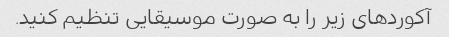
آکوردهای زیر را به صورت موسیقایی تنظیم کنید.